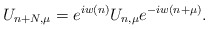
\begin{align*}U_{n+N,\mu}=e^{iw(n)}U_{n,\mu}e^{-iw(n+\mu)}.\end{align*}